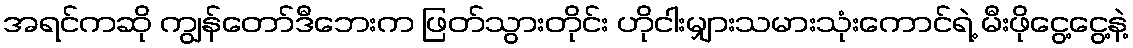
အရင်ကဆို ကျွန်တော်ဒီဘေးက ဖြတ်သွားတိုင်း ဟိုငါးမျှားသမားသုံးကောင်ရဲ့ မီးဖိုငွေ့ငွေ့နဲ့